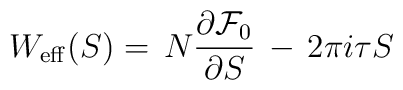
W_{\rm eff}(S)=\, N \frac{\partial {\cal F}_{0}}{\partial S} \, -\,2\pi i \tau S